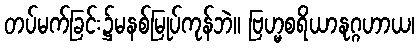
တပ်မက်ခြင်း၌မနစ်မြုပ်ကုန်ဘဲ။ ဗြဟ္မစရိယာနုဂ္ဂဟာယ၊